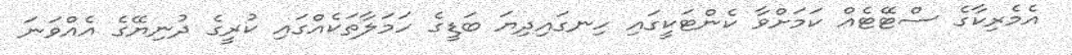
އެމެރިކާގެ ސްޓޭޓެއް ކަމަށްވާ ކެންޓަކީގައި ހިނގައިދިޔަ ބަޑީގެ ހަމަލާތަކެއްގައި ކުރީގެ ދުނިޔޭގެ އެެއްވަނަ